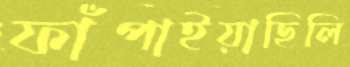
ফাঁপাইয়াছিলি